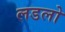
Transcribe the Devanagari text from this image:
लडलो